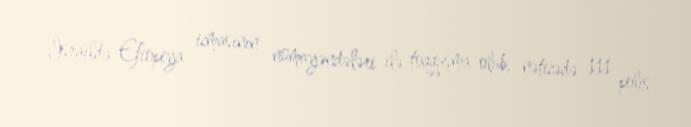
İsraildə Efiopiya icmasının nümayəndələri ilə toqquşma olub, nəticədə 111 polis